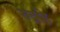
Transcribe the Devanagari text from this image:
रुद्रहि